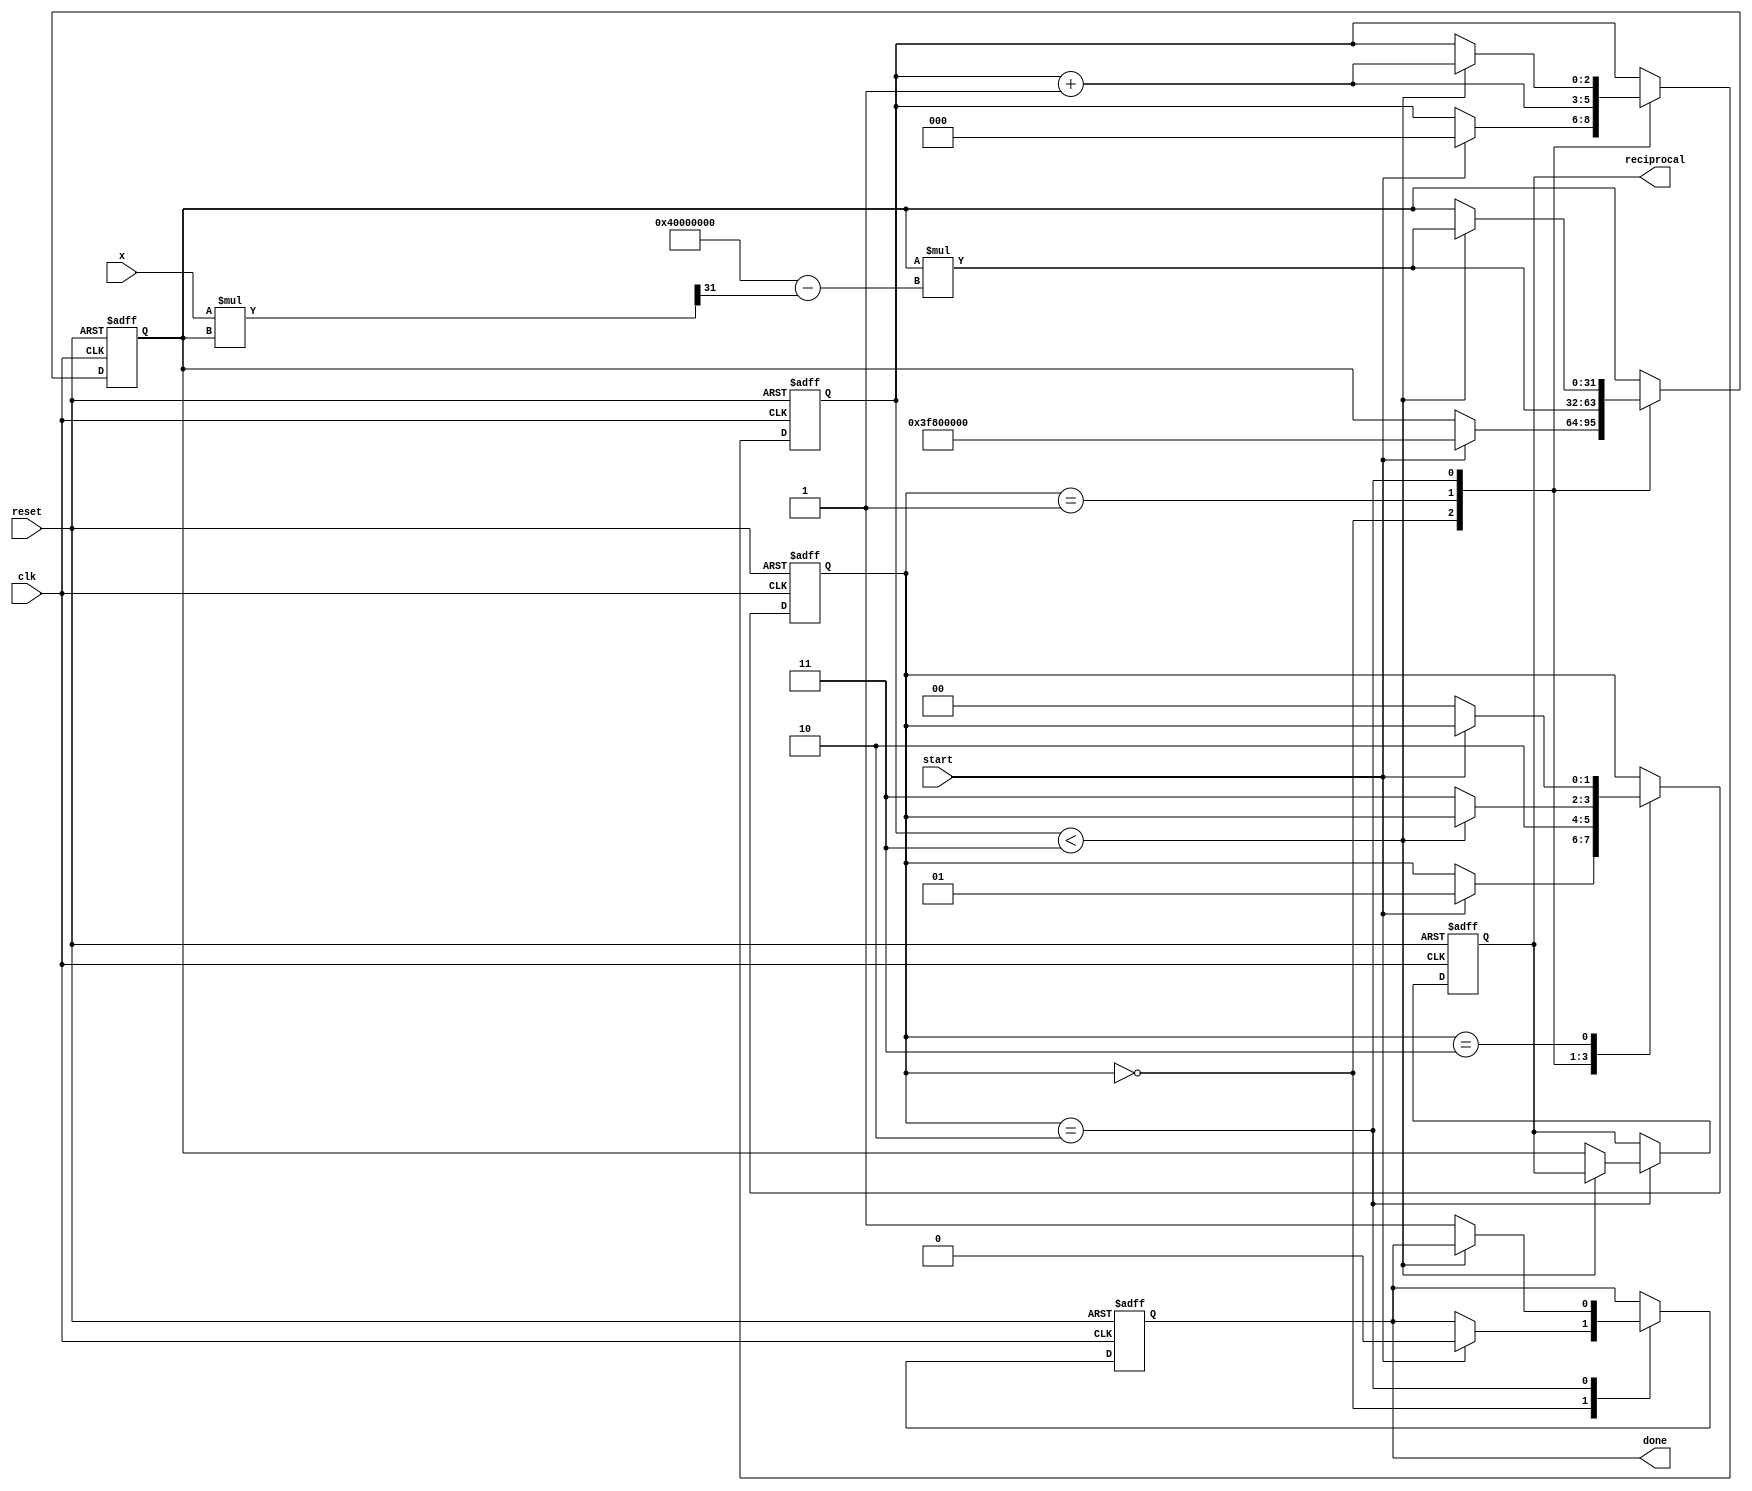
module newton_raphson_reciprocal (
    input wire clk,
    input wire reset,
    input wire [31:0] x,         // Input value (normalized)
    input wire start,            // Start signal for computation
    output reg [31:0] reciprocal, // Computed reciprocal (1/x)
    output reg done              // Done signal
);

    reg [31:0] y;                 // Current estimate of reciprocal
    reg [2:0] iteration_count;    // Iteration counter
    reg [1:0] state;              // State machine state

    localparam IDLE       = 2'b00,
               INIT       = 2'b01,
               ITERATE    = 2'b10,
               DONE       = 2'b11;

    always @(posedge clk or posedge reset) begin
        if (reset) begin
            state <= IDLE;
            reciprocal <= 32'b0;
            done <= 0;
            iteration_count <= 3'b0;
            y <= 32'b0;
        end else begin
            case (state)
                IDLE: begin
                    if (start) begin
                        // Initialize with a suitable guess for 1/x
                        y <= 32'h3F800000; // Initial guess set to 1.0 (in IEEE 754 format)
                        iteration_count <= 3'b0;
                        state <= INIT;
                        done <= 0;
                    end
                end
                INIT: begin
                    // Perform first iteration
                    y <= y * (32'h40000000 - (x * y >> 31)); // y * (2 - x * y)
                    iteration_count <= iteration_count + 1;
                    state <= ITERATE;
                end
                ITERATE: begin
                    if (iteration_count < 3) begin // Iterate for a predetermined number of iterations
                        y <= y * (32'h40000000 - (x * y >> 31)); // y * (2 - x * y)
                        iteration_count <= iteration_count + 1;
                    end else begin
                        reciprocal <= y; // Final result
                        done <= 1;
                        state <= DONE;
                    end
                end
                DONE: begin
                    // Keep the output stable
                    if (!start) begin
                        state <= IDLE; // Return to IDLE state after processing
                    end
                end
            endcase
        end
    end
endmodule